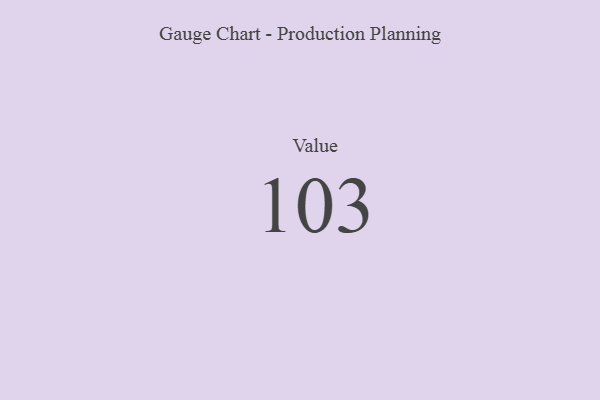
{"axis": {"x": "Metric", "y": "Value"}, "legend": [""], "data": [{"x": "Value", "y": 103, "type": ""}]}